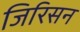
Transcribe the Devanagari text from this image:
जिरिसन